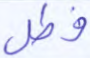
فطل